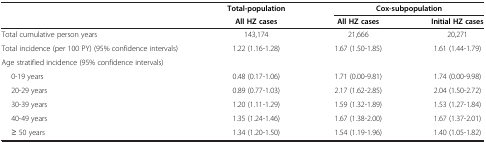
<table><thead><tr><td><b> </b></td><td><b>Total-population</b></td><td colspan="2"><b>Cox-subpopulation</b></td></tr><tr><td><b> </b></td><td><b>All HZ cases</b></td><td><b>All HZ cases</b></td><td><b>Initial HZ cases</b></td></tr></thead><tbody><tr><td>Total cumulative person years</td><td>143,174</td><td>21,666</td><td>20,271</td></tr><tr><td>Total incidence (per 100 PY) (95% confidence intervals)</td><td>1.22 (1.16-1.28)</td><td>1.67 (1.50-1.85)</td><td>1.61 (1.44-1.79)</td></tr><tr><td>Age stratified incidence (95% confidence intervals)</td><td colspan="3"> </td></tr><tr><td>0-19 years</td><td>0.48 (0.17-1.06)</td><td>1.71 (0.00-9.81)</td><td>1.74 (0.00-9.98)</td></tr><tr><td>20-29 years</td><td>0.89 (0.77-1.03)</td><td>2.17 (1.62-2.85)</td><td>2.04 (1.50-2.72)</td></tr><tr><td>30-39 years</td><td>1.20 (1.11-1.29)</td><td>1.59 (1.32-1.89)</td><td>1.53 (1.27-1.84)</td></tr><tr><td>40-49 years</td><td>1.35 (1.24-1.46)</td><td>1.67 (1.38-2.00)</td><td>1.67 (1.37-2.01)</td></tr><tr><td>≥ 50 years</td><td>1.34 (1.20-1.50)</td><td>1.54 (1.19-1.96)</td><td>1.40 (1.05-1.82)</td></tr></tbody></table>